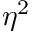
\eta ^ { 2 }